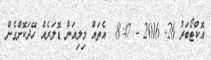
އޮކްޓޯބަރު 26